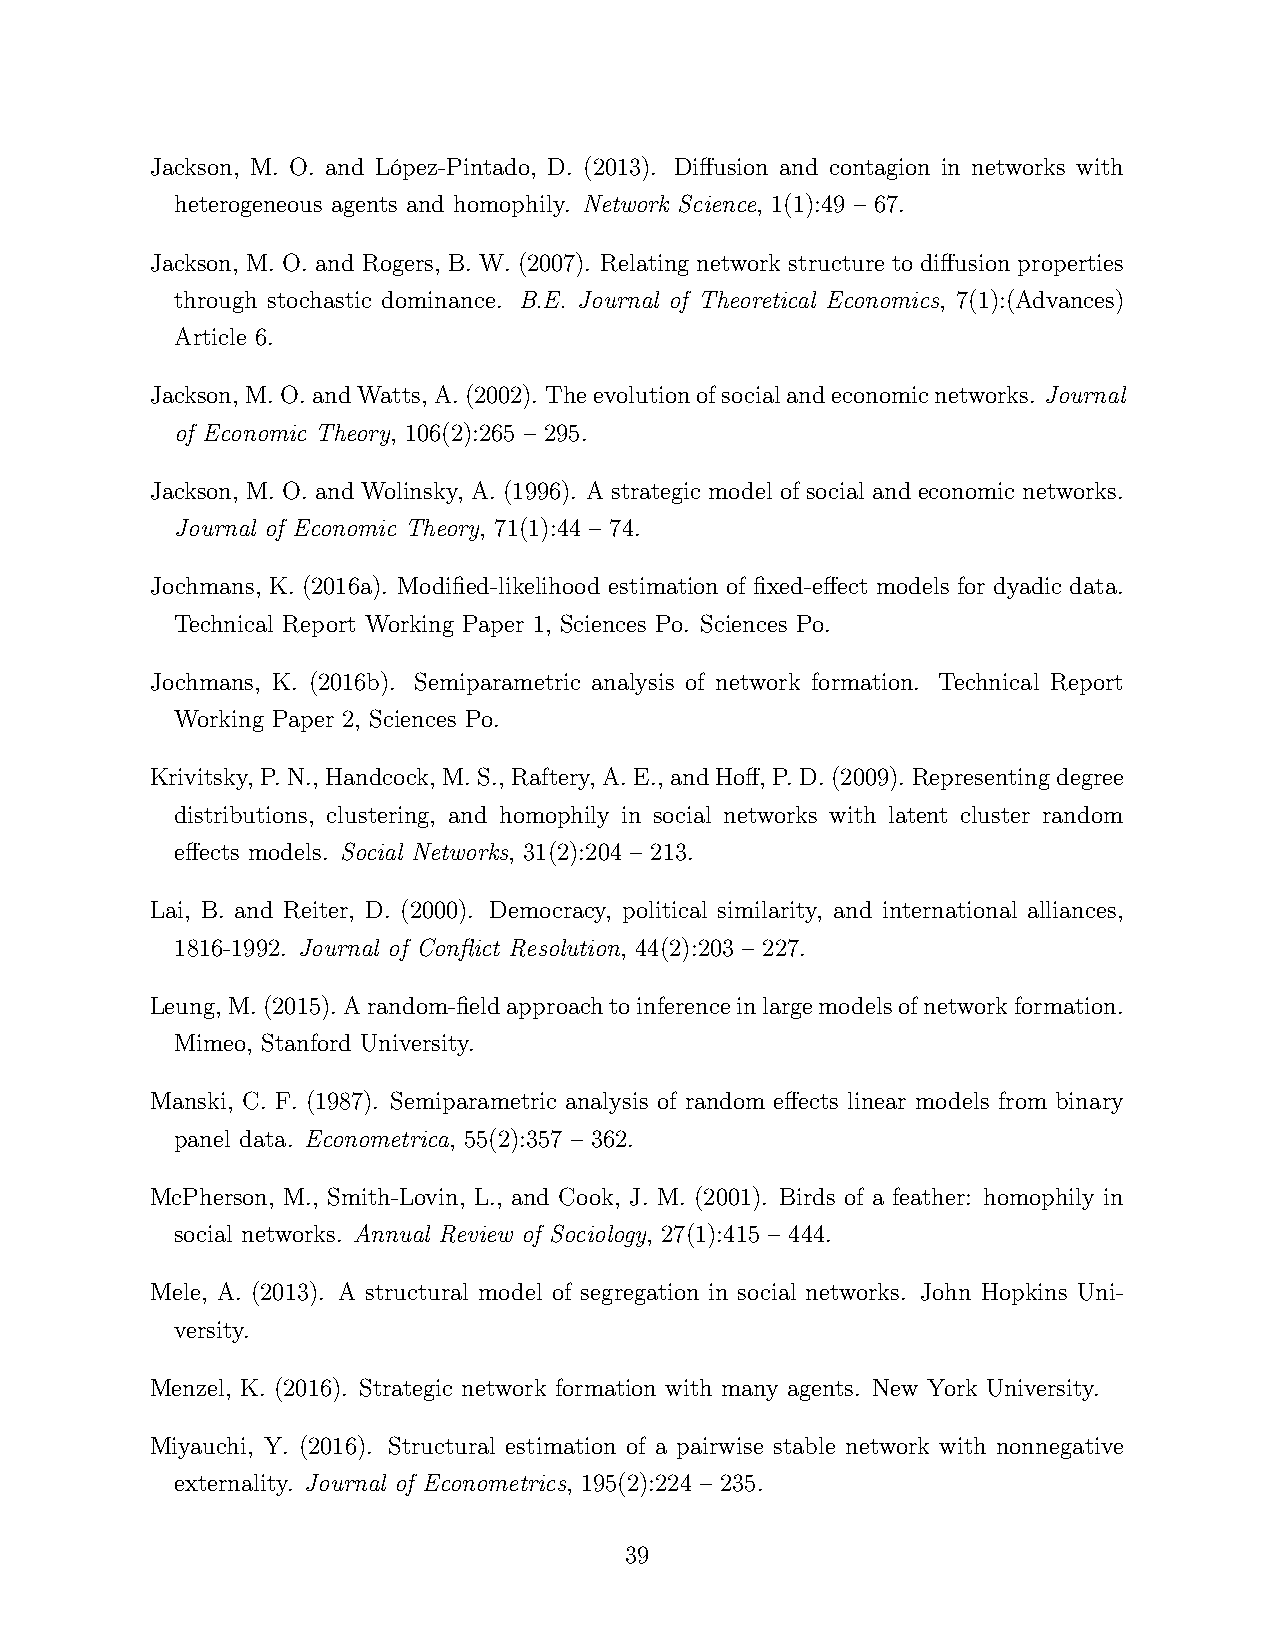
Jackson, M. O. and López-Pintado, D. (2013). Diffusion and contagion in networks with
 heterogeneous agents and homophily. Network Science, 1(1):49 – 67.
 Jackson, M. O. and Rogers, B. W. (2007). Relating network structure to diffusion properties
 through stochastic dominance. B.E. Journal of Theoretical Economics, 7(1):(Advances)
 Article 6.
 Jackson,M.O.andWatts,A.(2002). Theevolutionofsocialandeconomicnetworks. Journal
 of Economic Theory, 106(2):265 – 295.
 Jackson, M. O. and Wolinsky, A. (1996). A strategic model of social and economic networks.
 Journal of Economic Theory, 71(1):44 – 74.
 Jochmans, K. (2016a). Modified-likelihood estimation of fixed-effect models for dyadic data.
 Technical Report Working Paper 1, Sciences Po. Sciences Po.
 Jochmans, K. (2016b). Semiparametric analysis of network formation. Technical Report
 Working Paper 2, Sciences Po.
 Krivitsky, P.N., Handcock, M.S., Raftery, A.E., andHoff, P.D.(2009). Representingdegree
 distributions, clustering, and homophily in social networks with latent cluster random
 effects models. Social Networks, 31(2):204 – 213.
 Lai, B. and Reiter, D. (2000). Democracy, political similarity, and international alliances,
 1816-1992. Journal of Conflict Resolution, 44(2):203 – 227.
 Leung,M.(2015). Arandom-fieldapproachtoinferenceinlargemodelsofnetworkformation.
 Mimeo, Stanford University.
 Manski, C. F. (1987). Semiparametric analysis of random effects linear models from binary
 panel data. Econometrica, 55(2):357 – 362.
 McPherson, M., Smith-Lovin, L., and Cook, J. M. (2001). Birds of a feather: homophily in
 social networks. Annual Review of Sociology, 27(1):415 – 444.
 Mele, A. (2013). A structural model of segregation in social networks. John Hopkins Uni-
 versity.
 Menzel, K. (2016). Strategic network formation with many agents. New York University.
 Miyauchi, Y. (2016). Structural estimation of a pairwise stable network with nonnegative
 externality. Journal of Econometrics, 195(2):224 – 235.
 39